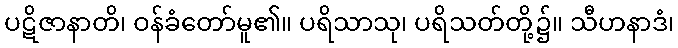
ပဋိဇာနာတိ၊ ဝန်ခံတော်မူ၏။ ပရိသာသု၊ ပရိသတ်တို့၌။ သီဟနာဒံ၊